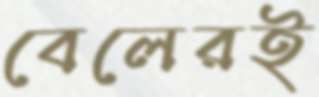
বেলেরই